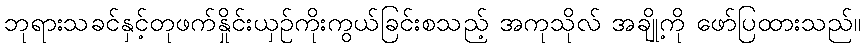
ဘုရားသခင်နှင့်တုဖက်နှိုင်းယှဉ်ကိုးကွယ်ခြင်းစသည့် အကုသိုလ် အချို့ကို ဖော်ပြထားသည်။